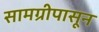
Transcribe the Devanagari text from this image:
सामग्रीपासून